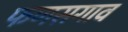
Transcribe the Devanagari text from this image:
फणसगाव